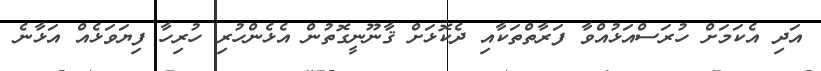
އަދި އެކަމަށް ހުރަސްއަޅުއްވާ ފަރާތްތަކާއި ދެކޮޅަށް ޤާނޫނީގޮތުން އެޅެންހުރި ހުރިހާ ފިޔަވަޅެއް އަޅާނެ